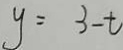
y = 3 - t